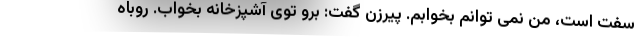
سفت است، من نمی توانم بخوابم. پیرزن گفت: برو توی آشپزخانه بخواب. روباه